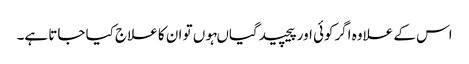
اس کے علاوہ اگرکوئی اور پیچیدگیاںہوں تو ان کا علاج کیا جاتا ہے۔